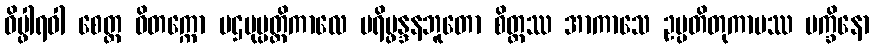
ဝိပ္ဖါရဝါ စေတ္ထ ဝိတက္ကော ပဌမုပ္ပတ္တိကာလေ ပရိပ္ဖန္ဒနဘူတော စိတ္တဿ အာကာသေ ဥပ္ပတိတုကာမဿ ပက္ခိနော